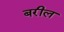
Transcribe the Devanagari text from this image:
बरील